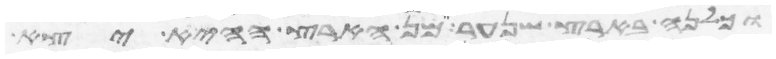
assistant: וכלנה בארץ שנער מן הארץ ההיא יצא